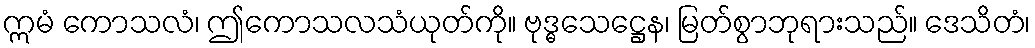
ဣမံ ကောသလံ၊ ဤကောသလသံယုတ်ကို။ ဗုဒ္ဓသေဋ္ဌေန၊ မြတ်စွာဘုရားသည်။ ဒေသိတံ၊